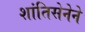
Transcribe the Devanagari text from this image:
शांतिसेनेने